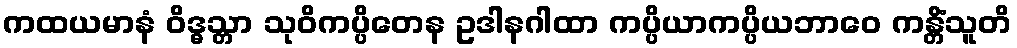
ကထယမာနံ ဝိဒ္ဓသ္တာ သုဝိကပ္ပိတေန ဥဒါနဂါထာ ကပ္ပိယာကပ္ပိယဘာဝေ ကန္တိံသူတိ